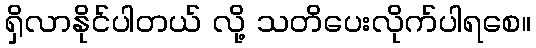
ရှိလာနိုင်ပါတယ် လို့ သတိပေးလိုက်ပါရစေ။